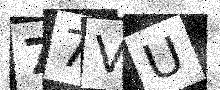
Text: 77VU